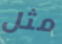
مثل